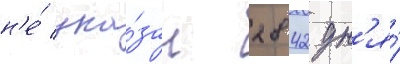
н'е́ ука́зан 2842 дн'я́